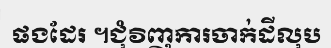
ផងដែរ ។ជុំវិញការចាក់ដីលុប